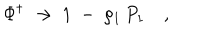
\Phi ^ { \dagger } \ \to \ 1 \ - \ \rho _ { 1 } \, P _ { 1 } \quad ,